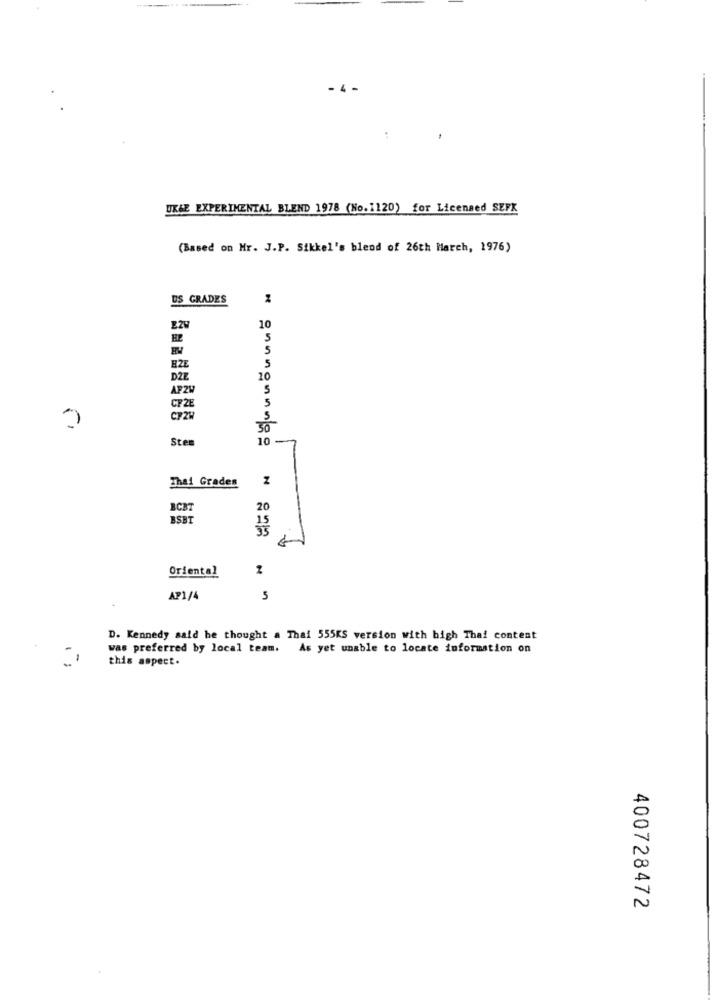
- 4 -
..
UK&E EXPERIMENTAL BLEND 1978 (No.1120) for Licensed SEFK
(Based on Hr. J.P. Sikkel's blend of 26th March, 1976)
DS GRADES
10
5
5
EZE
5
D2E
10
APZW
5
5
CFZE
CP21
5
30
Sten
10
Thai Grades
Z
BCBT
20
BSBT
Oriental
AP1/4
5
D. Kennedy said he thought a Thai 555KS version with high Thai content
was preferred by local team. As yet unable to locate information on
this aspect.
20
A
N
400728472